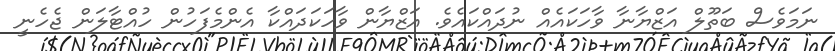
ނަމަވެސް ބަތޫލް އަޒްޔާނާ ވާހަކައެއް ނުދައްކައެވެ. އަޒްޔާން ވާހަކަދައްކާ އެންމެފަހުން ހުއްޓާލަން ޖެހެނީ